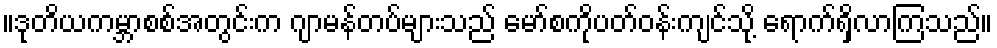
။ဒုတိယကမ္ဘာစစ်အတွင်းက ဂျာမန်တပ်များသည် မော်စကိုပတ်ဝန်းကျင်သို့ ရောက်ရှိလာကြသည်။